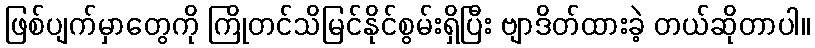
ဖြစ်ပျက်မှာတွေကို ကြိုတင်သိမြင်နိုင်စွမ်းရှိပြီး ဗျာဒိတ်ထားခဲ့ တယ်ဆိုတာပါ။